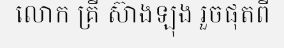
លោក គ្រី ស៊ាងឡុង រួចផុតពី